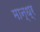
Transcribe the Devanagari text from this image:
मान्ध्र